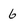
Character: 6